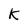
Character: K